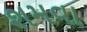
શમવા